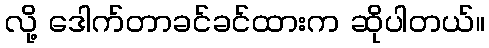
လို့ ဒေါက်တာခင်ခင်ထားက ဆိုပါတယ်။